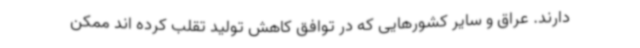
دارند. عراق و سایر کشورهایی که در توافق کاهش تولید تقلب کرده اند ممکن